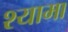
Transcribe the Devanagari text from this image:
श्‍यामा